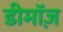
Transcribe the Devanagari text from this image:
डीमॉज़